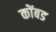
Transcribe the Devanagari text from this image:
कोंबड